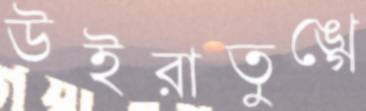
উইরাতুঙ্গে